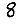
Digit: 8